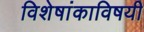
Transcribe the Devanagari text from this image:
विशेषांकाविषयी